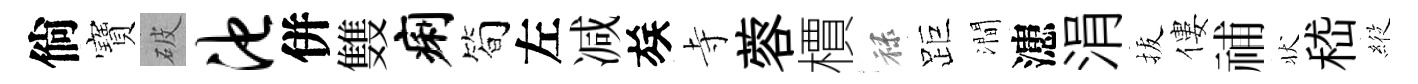
倘寶破池併䨇痢简左减族寺蓉檟禄距澗漶涓拔僂𥙷状嵇𦂵